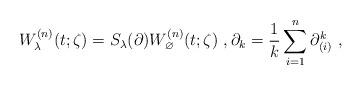
LaTeX: \begin{align*}W^{(n)}_{\lambda}(t;\zeta)=S_\lambda(\partial)W^{(n)}_{\varnothing}(t;\zeta)\ ,\partial_k=\frac{1}{k}\sum_{i=1}^n\partial_{(i)}^k\ ,\end{align*}